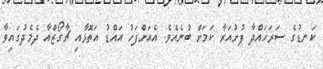
ކަނޑުގެ ސަރަހައްދާ ފުށުއަރާ ކަމަށް ބުނެއެވެ. އެއަށްފަހު އައްޑު އަތޮޅާއި ޗާގޯޒްއާ ދެމެދުގައިވާ